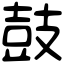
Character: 鼓